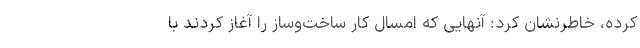
کرده، خاطرنشان کرد: آنهایی که امسال کار ساخت‌وساز را آغاز کردند با